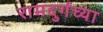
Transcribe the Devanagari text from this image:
रामदुर्गच्या